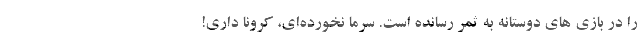
را در بازی های دوستانه به ثمر رسانده است. سرما نخورده‌ای، کرونا داری!